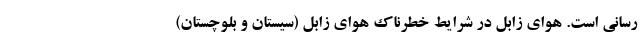
رسانی است. هوای زابل در شرایط خطرناک هوای زابل (سیستان و بلوچستان)